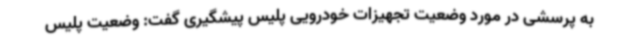
به پرسشی در مورد وضعیت تجهیزات خودرویی پلیس پیشگیری گفت: وضعیت پلیس